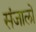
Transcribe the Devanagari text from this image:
संजालों